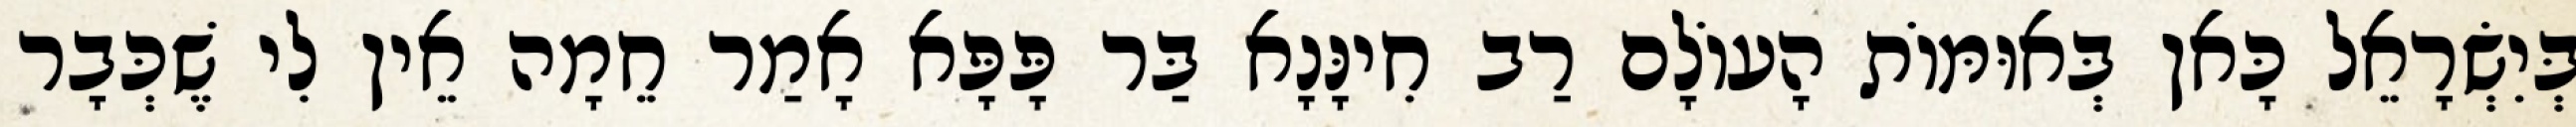
בְּיִשְׂרָאֵל כָּאן בְּאוּמּוֹת הָעוֹלָם רַב חִינָּנָא בַּר פָּפָּא אָמַר חֵמָה אֵין לִי שֶׁכְּבָר